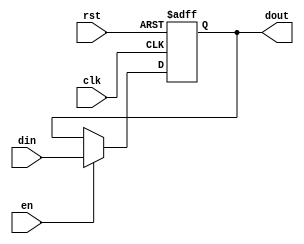
module register(din, clk, en, rst, dout);
parameter N = 32;
parameter MEM_INIT_FILE = "";
parameter DIR = 0;
input clk, en, rst;
input [N-1:0] din;
output [N-1:0] dout;

reg [N-1:0] register [DIR:DIR];

initial begin
  if (MEM_INIT_FILE != "") begin
    $readmemh(MEM_INIT_FILE, register, DIR, DIR);
  end
end

always @ (posedge clk or negedge rst) begin
  if (!rst)    register[DIR] <= 1'd0;
  else if (en) register[DIR] <= din;
end

assign dout = register[DIR];

endmodule